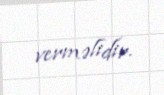
verməlidir.